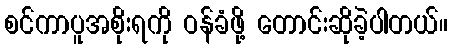
စင်ကာပူအစိုးရကို ဝန်ခံဖို့ တောင်းဆိုခဲ့ပါတယ်။